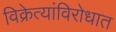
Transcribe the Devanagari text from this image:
विक्रेत्यांविरोधात